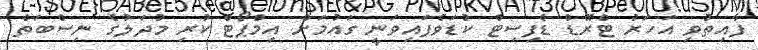
ފާއިތުވި އަހަރު ޓްރޭޑް ޑެފިސިޓް ކުޑަވެފައިވަނީ ގައުމަށް އިމްޕޯޓް ކުރި މުދަލުގެ ނިސްބަތް